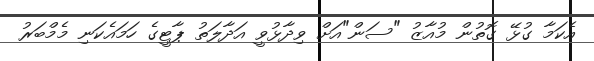
އެކަމާ ގުޅޭ ގޮތުން މުއާޒު "ސަން"އަށް ވިދާޅުވީ އަދާލަތު ޕާޓީގެ ހަމައެކަނި މެމްބަރު